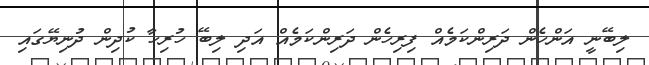
ލިބޭނީ އަންހެން ދަރިންކަމެއް ފިރިހެން ދަރިންކަމެއް އަދި ލިބޭ ހުރިހާ ކުދިން ދުނިޔޭގައި